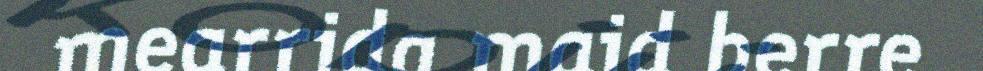
mearrida maid berre